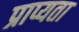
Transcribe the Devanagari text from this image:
प्राप्यता